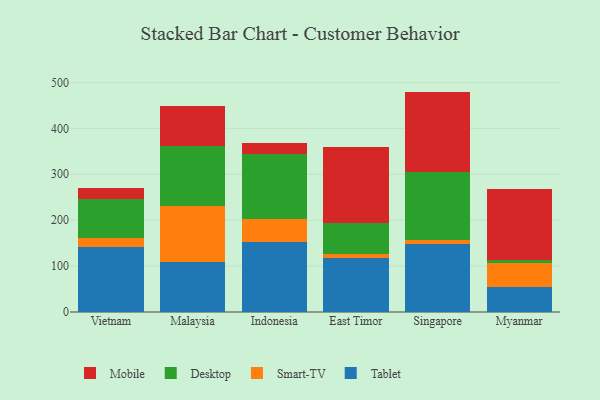
{"axis": {"x": "Country", "y": "Customer Acquisition Cost (USD)"}, "legend": ["Desktop", "Mobile", "Smart-TV", "Tablet"], "data": [{"x": "Vietnam", "y": 141.8, "type": "Tablet"}, {"x": "Vietnam", "y": 18.7, "type": "Smart-TV"}, {"x": "Vietnam", "y": 85.9, "type": "Desktop"}, {"x": "Vietnam", "y": 22.7, "type": "Mobile"}, {"x": "Malaysia", "y": 109.3, "type": "Tablet"}, {"x": "Malaysia", "y": 121.6, "type": "Smart-TV"}, {"x": "Malaysia", "y": 131.4, "type": "Desktop"}, {"x": "Malaysia", "y": 85.8, "type": "Mobile"}, {"x": "Indonesia", "y": 152.0, "type": "Tablet"}, {"x": "Indonesia", "y": 51.3, "type": "Smart-TV"}, {"x": "Indonesia", "y": 140.4, "type": "Desktop"}, {"x": "Indonesia", "y": 23.8, "type": "Mobile"}, {"x": "East Timor", "y": 117.0, "type": "Tablet"}, {"x": "East Timor", "y": 9.8, "type": "Smart-TV"}, {"x": "East Timor", "y": 67.0, "type": "Desktop"}, {"x": "East Timor", "y": 165.4, "type": "Mobile"}, {"x": "Singapore", "y": 148.2, "type": "Tablet"}, {"x": "Singapore", "y": 7.8, "type": "Smart-TV"}, {"x": "Singapore", "y": 149.9, "type": "Desktop"}, {"x": "Singapore", "y": 174.1, "type": "Mobile"}, {"x": "Myanmar", "y": 53.4, "type": "Tablet"}, {"x": "Myanmar", "y": 52.3, "type": "Smart-TV"}, {"x": "Myanmar", "y": 8.0, "type": "Desktop"}, {"x": "Myanmar", "y": 154.4, "type": "Mobile"}]}